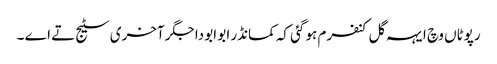
رپوٹاں وچ ایہہ گل کنفرم ہو گئی کہ کمانڈر ابو ابو دا جگر آخری سٹیج تے اے ۔